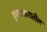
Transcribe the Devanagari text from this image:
कुलाचारातील